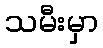
သမီးမှာ